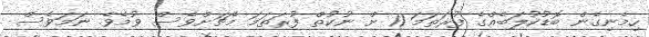
ހިމެނިގެން ބޮޑުކުލަބެއްގެ ފުރަތަމަ 11 ށް ނުކުތް ފުރަތަމަ މެޗަށްވެސް ވުމެވެ. ނަމަވެސް